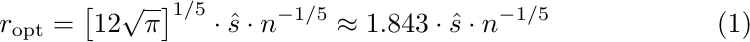
\begin{align}
    r_{\text{opt}} =
    \left[ 12\sqrt{\pi} \right]^{1/5} \cdot \hat{s} \cdot n^{-1/5}  \approx 1.843 \cdot \hat{s} \cdot n^{-1/5}
\end{align}